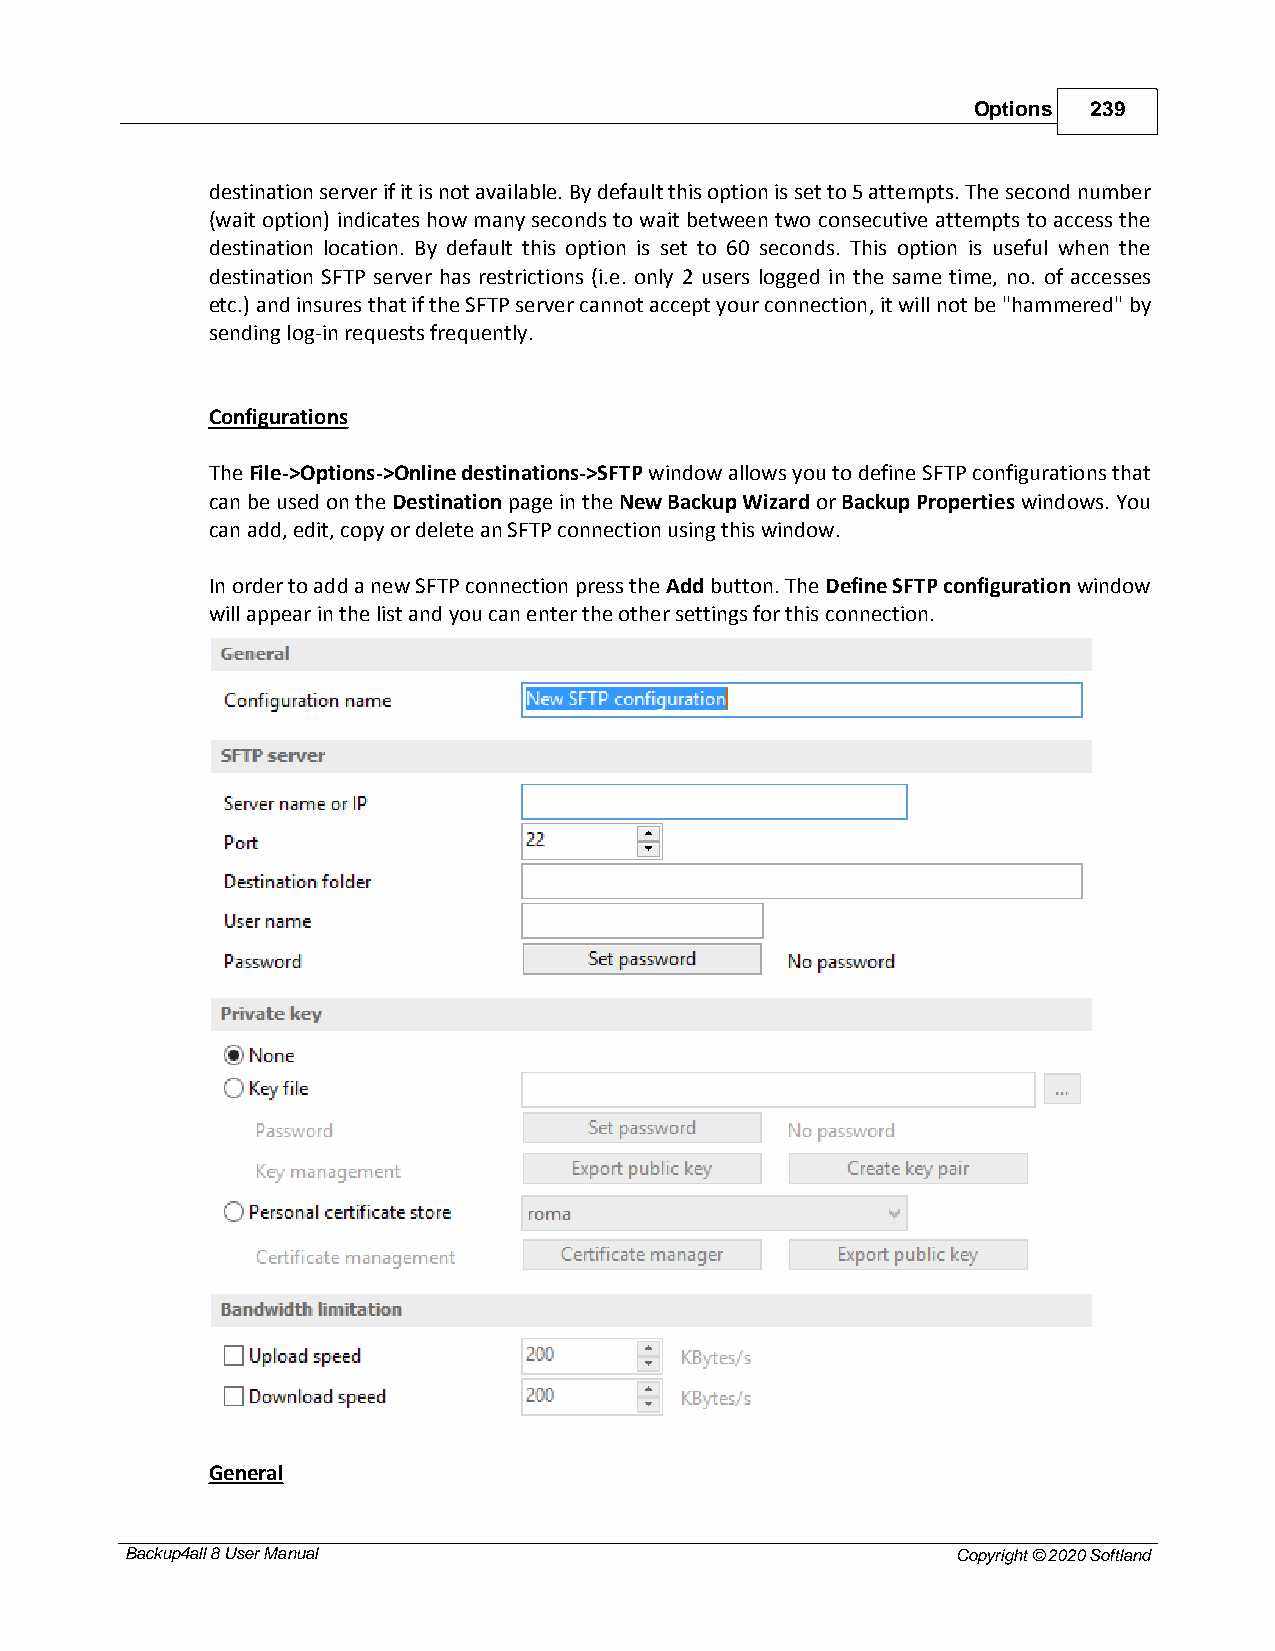
Options 239
 destination server if it is not available. By default this option is set to 5 attempts. The second number
 (wait option) indicates how many seconds to wait between two consecutive attempts to access the
 destination location. By default this option is set to 60 seconds. This option is useful when the
 destination SFTP server has restrictions (i.e. only 2 users logged in the same time, no. of accesses
 etc.) and insures that if the SFTP server cannot accept your connection, it will not be "hammered" by
 sending log-in requests frequently.
 Configurations
 The File->Options->Online destinations->SFTP window allows you to define SFTP configurations that
 can be used on the Destination page in the New Backup Wizard or Backup Properties windows. You
 can add, edit, copy or delete an SFTP connection using this window.
 In order to add a new SFTP connection press the Add button. The Define SFTP configuration window
 will appear in the list and you can enter the other settings for this connection.
 General
 Backup4all 8 User Manual                               Copyright © 2020 Softland